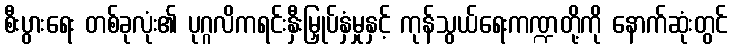
စီးပွားရေး တစ်ခုလုံး၏ ပုဂ္ဂလိကရင်းနှီးမြှုပ်နှံမှုနှင့် ကုန်သွယ်ရေးကဏ္ဍတို့ကို နောက်ဆုံးတွင်